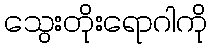
သွေးတိုးရောဂါကို